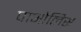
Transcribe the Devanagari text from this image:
पाओलिस